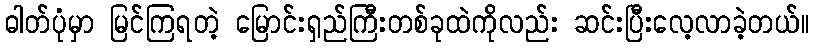
ဓါတ်ပုံမှာ မြင်ကြရတဲ့ မြောင်းရှည်ကြီးတစ်ခုထဲကိုလည်း ဆင်းပြီးလေ့လာခဲ့တယ်။